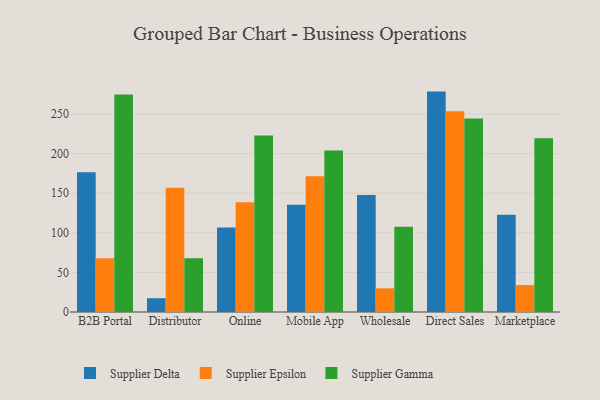
{"axis": {"x": "Channel", "y": "Satisfaction Score"}, "legend": ["Supplier Delta", "Supplier Epsilon", "Supplier Gamma"], "data": [{"x": "B2B Portal", "y": 176.6, "type": "Supplier Delta"}, {"x": "B2B Portal", "y": 68.0, "type": "Supplier Epsilon"}, {"x": "B2B Portal", "y": 274.7, "type": "Supplier Gamma"}, {"x": "Distributor", "y": 17.4, "type": "Supplier Delta"}, {"x": "Distributor", "y": 156.9, "type": "Supplier Epsilon"}, {"x": "Distributor", "y": 67.8, "type": "Supplier Gamma"}, {"x": "Online", "y": 106.8, "type": "Supplier Delta"}, {"x": "Online", "y": 138.5, "type": "Supplier Epsilon"}, {"x": "Online", "y": 223.1, "type": "Supplier Gamma"}, {"x": "Mobile App", "y": 135.4, "type": "Supplier Delta"}, {"x": "Mobile App", "y": 171.5, "type": "Supplier Epsilon"}, {"x": "Mobile App", "y": 204.1, "type": "Supplier Gamma"}, {"x": "Wholesale", "y": 147.9, "type": "Supplier Delta"}, {"x": "Wholesale", "y": 29.9, "type": "Supplier Epsilon"}, {"x": "Wholesale", "y": 107.8, "type": "Supplier Gamma"}, {"x": "Direct Sales", "y": 278.4, "type": "Supplier Delta"}, {"x": "Direct Sales", "y": 253.6, "type": "Supplier Epsilon"}, {"x": "Direct Sales", "y": 244.4, "type": "Supplier Gamma"}, {"x": "Marketplace", "y": 122.9, "type": "Supplier Delta"}, {"x": "Marketplace", "y": 34.0, "type": "Supplier Epsilon"}, {"x": "Marketplace", "y": 219.4, "type": "Supplier Gamma"}]}